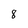
Character: 8